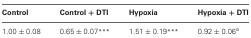
<table><thead><tr><td><b>Control</b></td><td><b>Control + DTI</b></td><td><b>Hypoxia</b></td><td><b>Hypoxia + DTI</b></td></tr></thead><tbody><tr><td>1.00 ± 0.08</td><td>0.65 ± 0.07<sup>***</sup></td><td>1.51 ± 0.19<sup>***</sup></td><td>0.92 ± 0.06<sup>a</sup></td></tr></tbody></table>